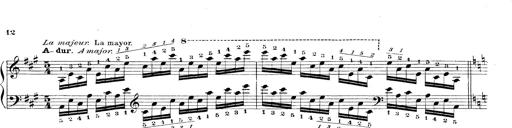
Title: Technische Studien
Composer: Franz Liszt